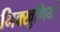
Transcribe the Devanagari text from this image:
भिक्खुणियों